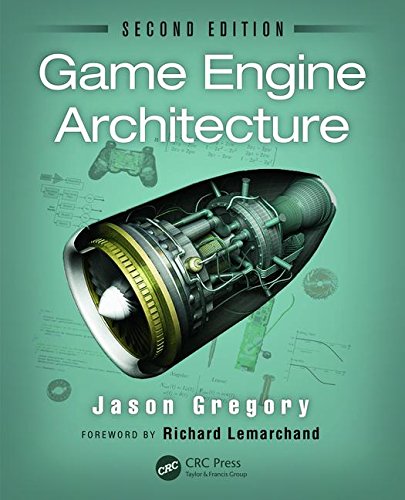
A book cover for Game Engine Architecture, Second Edition; Jason Gregory; Humor & Entertainment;